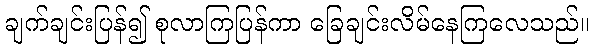
ချက်ချင်းပြန်၍ စုလာကြပြန်ကာ ခြေချင်းလိမ်နေကြလေသည်။